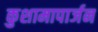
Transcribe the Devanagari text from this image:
कुशामापार्जन